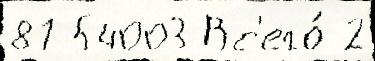
87 54003 Вс'его́ 2